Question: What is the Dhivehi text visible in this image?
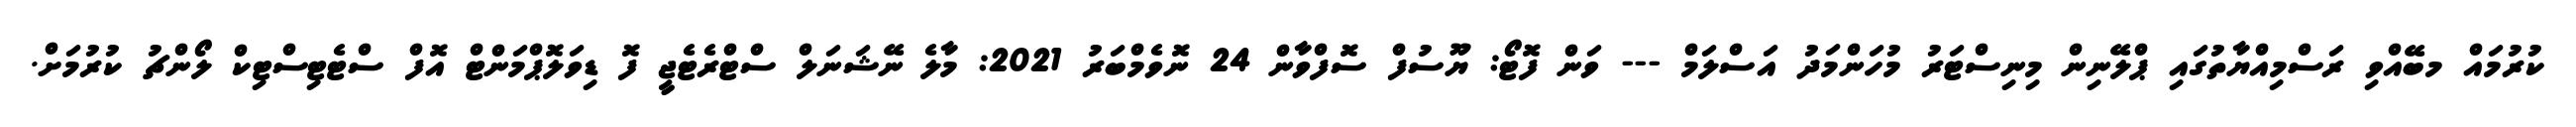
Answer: ކުރުމައް މބޭއްވި ރަސްމިއްޔާތުގައި ޕްލޭނިން މިނިސްޓަރު މުހަންމަދު އަސްލަމް --- ވަން ފޮޓޯ: ޔޫސުފް ސޮފްވާން 24 ނޮވެމްބަރު 2021: މާލެ ނޭޝަނަލް ސްޓްރެޓެޖީ ފޮ ޑިވަލޮޕްމަންޓް އޮފް ސްޓެޓިސްޓިކް ލޯންޗު ކުރުމަށް.